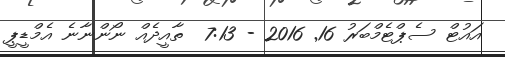
އައުޓް ސެޕްޓެމްބަރު 16